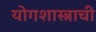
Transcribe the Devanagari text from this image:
योगशास्त्राची